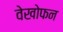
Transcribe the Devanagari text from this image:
वेखोफन